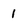
Character: i